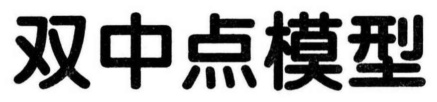
双中点模型